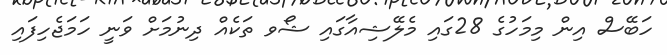
ހަބޭސް އިން މިމަހުގެ 28ގައި މެލޭޝިއާގައި ޝޯވ ތަކެއް ދިނުމަށް ވަނީ ހަމަޖެހިފައި